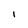
Character: i